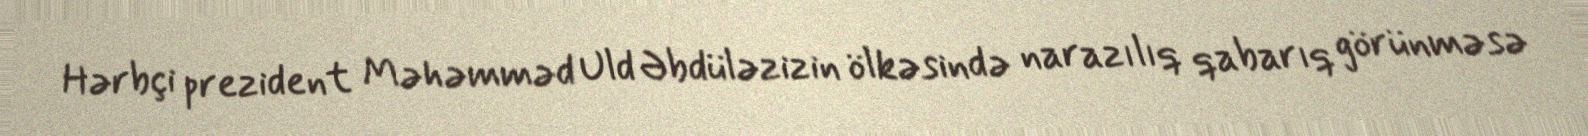
Hərbçi prezident Məhəmməd Uld Əbdüləzizin ölkəsində narazılıq qabarıq görünməsə